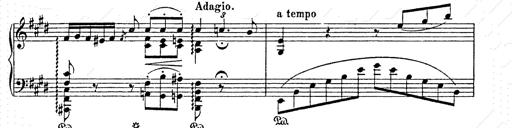
Title: AnnÃ©es de pÃ¨lerinage II
Composer: Franz Liszt